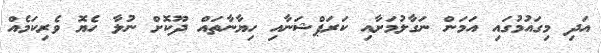
އަދި މިގައުމުގައި އަމަން ނަގާލުމަށާއި ކަރަޕްޝަނާއި ހިޔާނާތައް ދޫކޮށް ނުލާ ހެޔޮ ވެރިކަމެއް